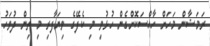
ރަމަޟާން މަހަށް ހާއްސަކޮށްގެން ހުޅުވި މި ކެފޭގެ ވިޔަފާރި މި ތިން ދުވަހު